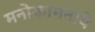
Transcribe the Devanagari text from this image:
मनोकामनाये